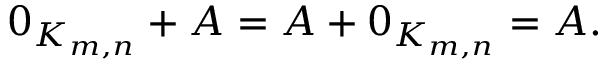
0 _ { K _ { m , n } } + A = A + 0 _ { K _ { m , n } } = A .